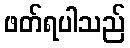
ဖတ်ရပါသည်